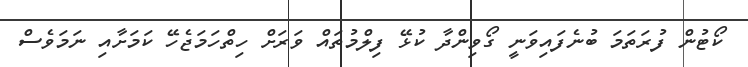
ކޯޓުން ފުރަތަމަ ބުނެފައިވަނީ ގޯވިންދާ ކުޅޭ ފިލްމުތައް ވަރަށް ހިތްހަމަޖެހޭ ކަމަށާއި ނަމަވެސް